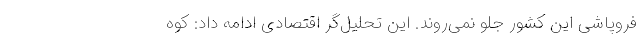
فروپاشی این کشور جلو نمی‌روند. این تحلیل‌گر اقتصادی ادامه داد: کوه